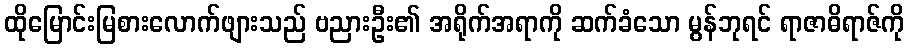
ထိုမြောင်းမြစားလောက်ဖျားသည် ဗညားဦး၏ အရိုက်အရာကို ဆက်ခံသော မွန်ဘုရင် ရာဇာဓိရာဇ်ကို